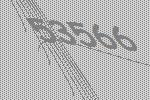
53566